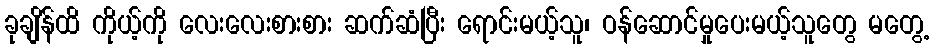
ခုချိန်ထိ ကိုယ့်ကို လေးလေးစားစား ဆက်ဆံပြီး ရောင်းမယ့်သူ၊ ဝန်ဆောင်မှုပေးမယ့်သူတွေ မတွေ့